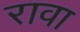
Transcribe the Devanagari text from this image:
रावा